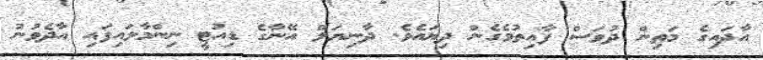
އާދައިގެ މަތިން ދުވަސް ފާއިތުވެގެން ދިޔައެވެ. ދާނިޔަލް އޭނާގެ ޑިއުޓީ ނިންމާލައިފައި އާދެވުނު